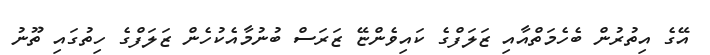
އޭގެ އިތުރުން ބެހެމަތްއާއި ޒަލަފްގެ ކައިވެންޏޭ ޒަރަސް ބުނުމާއެކުހެން ޒަލަފްގެ ހިތުގައި ތޫނު